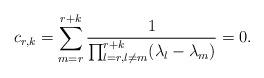
LaTeX: \begin{align*}c_{r,k}=\sum_{m=r}^{r+k} \frac{1}{ \prod_{l=r , l \neq m}^{r+k} (\lambda_l-\lambda_m )}=0.\end{align*}